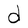
Character: d